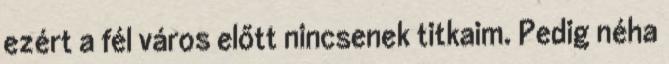
ezért a fél város előtt nincsenek titkaim. Pedig néha